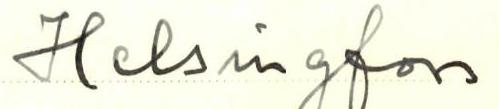
Helsingfors